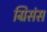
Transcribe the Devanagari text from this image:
ग्रिसंस